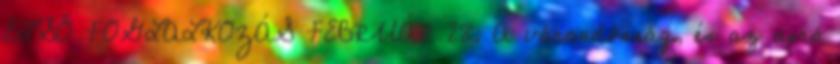
ELSŐ FOGLALKOZÁS FEBRUÁR 28. A várandósság, és az apró